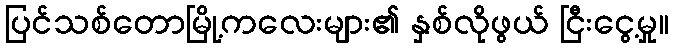
ပြင်သစ်တောမြို့ကလေးများ၏ နှစ်လိုဖွယ် ငြီးငွေ့မှု။